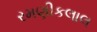
રમણીકલાલ